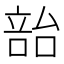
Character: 𪡳